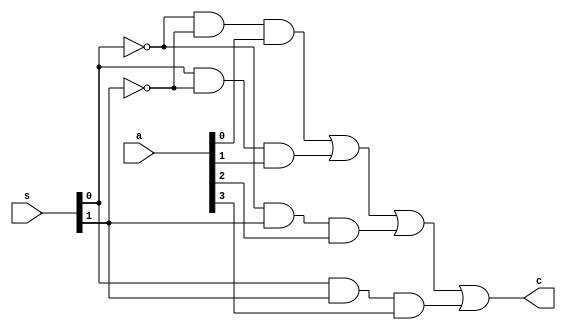
module mux41structural(a,s,c);
  input[3:0] a;
  input[1:0] s;
  output c;
  wire a0,a1,a2,a3,s0_,s1_;
  
  not(s0_,s[0]);
  not(s1_,s[1]);
  
  and(a0,s0_,s1_,a[0]);
  and(a1,s[0],s1_,a[1]);
  and(a2,s0_,s[1],a[2]);
  and(a3,s[0],s[1],a[3]);
  
  or(c,a0,a1,a2,a3);


endmodule